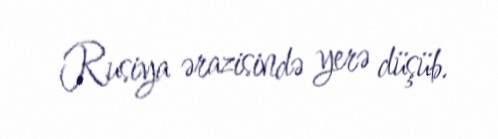
Rusiya ərazisində yerə düşüb.